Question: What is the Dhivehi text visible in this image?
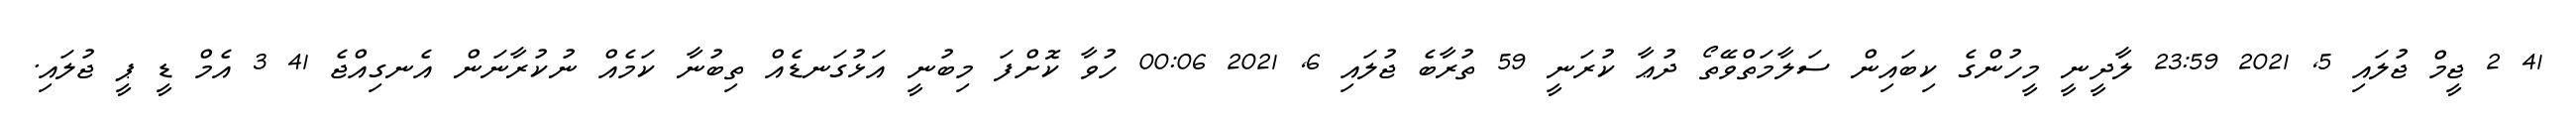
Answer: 41 2 ޖީމް ޖުލައި 5, 2021 23:59 ލާދީނީ މީހުންގެ ކިބައިން ސަލާމަތްވޭތޯ ދުޢާ ކުރަނީ 59 ތުރާބެ ޖުލައި 6, 2021 00:06 ހުވާ ކޮށްފަ މިބުނީ އަޅުގަނޑެއް ތިބުނާ ކަމެއް ނުކުރާނަން އެނގިއްޖެ 41 3 އެމް ޑީ ޕީ ޖުލައި.